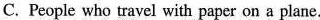
C. People who travel with paper on a plane.